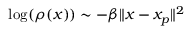
\log ( \rho ( x ) ) \sim - \beta \| x - x _ { p } \| ^ { 2 }